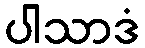
ပါသာဒံ